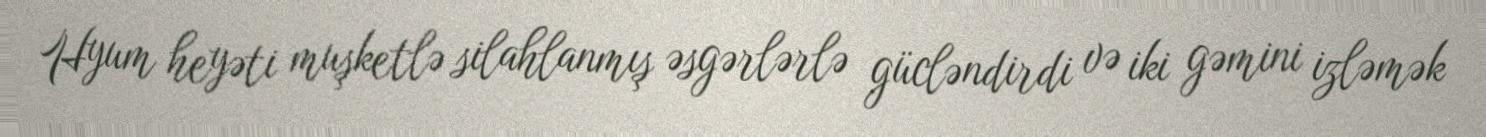
Hyum heyəti muşketlə silahlanmış əsgərlərlə gücləndirdi və iki gəmini izləmək